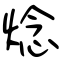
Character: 焾